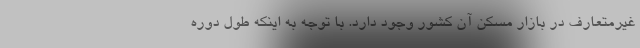
غیرمتعارف در بازار مسکن آن کشور وجود دارد. با توجه به اینکه طول دوره